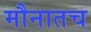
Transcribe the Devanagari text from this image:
मौनातच